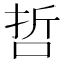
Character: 哲